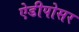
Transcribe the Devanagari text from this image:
ऐडीपोसर